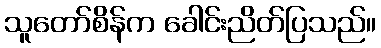
သူတော်စိန်က ခေါင်းညိတ်ပြသည်။